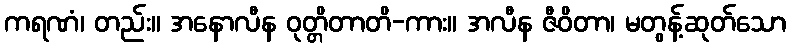
ကရဏံ၊ တည်း။ အနောလီန ဝုတ္တိတာတိ-ကား။ အလီန ဇီဝိတာ၊ မတွန့်ဆုတ်သော